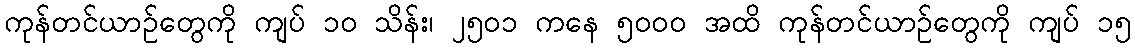
ကုန်တင်ယာဉ်တွေကို ကျပ် ၁ဝ သိန်း၊ ၂၅ဝ၁ ကနေ ၅ဝဝဝ အထိ ကုန်တင်ယာဉ်တွေကို ကျပ် ၁၅